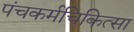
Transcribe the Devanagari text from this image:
पंचकर्मचिकित्सा